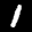
Label: 1